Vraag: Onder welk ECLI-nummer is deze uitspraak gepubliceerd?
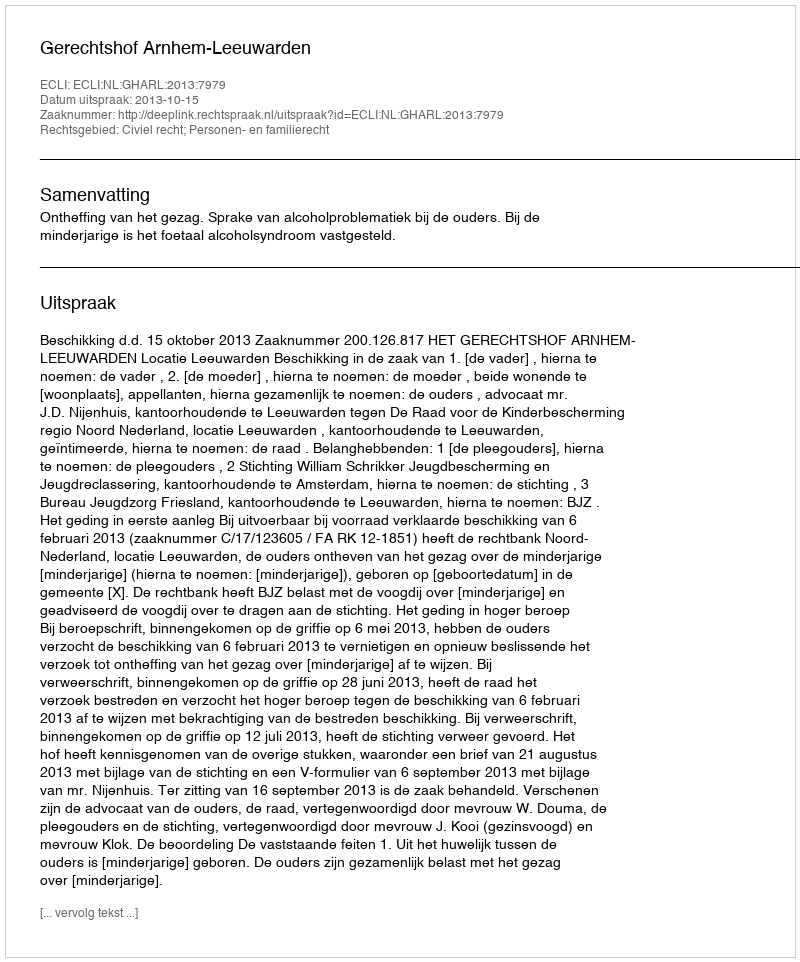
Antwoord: ECLI:NL:GHARL:2013:7979